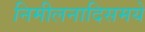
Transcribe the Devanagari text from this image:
निमीलनादिसमये